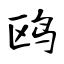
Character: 鸥